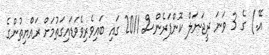
އޭ.) ގެ 3 ވަނަ ރީޖަނަލް ކޮންފަރެންސް 2011 ގައި ބައިވެރިވެވަޑައިގަތުމަށް ރައްޔިތުންގެ